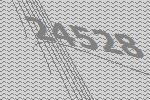
24528